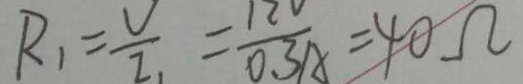
R _ { 1 } = \frac { V } { I _ { 1 } } = \frac { 1 2 v } { 0 . 3 A } = 4 0 \Omega